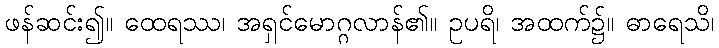
ဖန်ဆင်း၍။ ထေရဿ၊ အရှင်မောဂ္ဂလာန်၏။ ဥပရိ၊ အထက်၌။ ဓာရေသိ၊